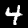
Digit: 4